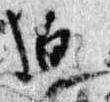
迫